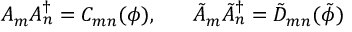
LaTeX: A _ { m } A _ { n } ^ { \dagger } = C _ { m n } ( \phi ) , \; \; \; \; \; \; \tilde { A } _ { m } \tilde { A } _ { n } ^ { \dagger } = \tilde { D } _ { m n } ( \tilde { \phi } )